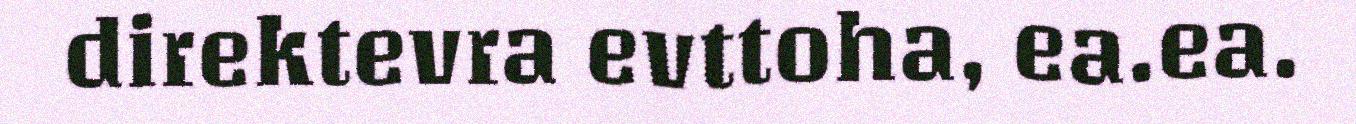
direktevra evttoha, ea.ea.